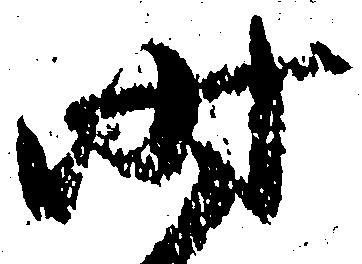
時